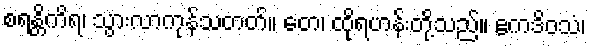
စရန္တိကိရ၊ သွားလာကုန်သတတ်။ တေ၊ ထိုရဟန်းတို့သည်။ ဧကဒိဝသံ၊